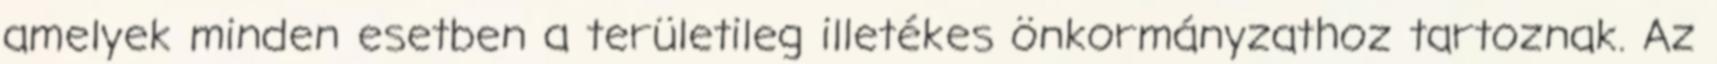
amelyek minden esetben a területileg illetékes önkormányzathoz tartoznak. Az